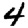
Digit: 4